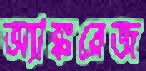
অ্যাঙ্করেজ